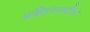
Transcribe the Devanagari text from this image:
ब्रझिलमधील